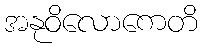
အနုဝိလောကေတိ